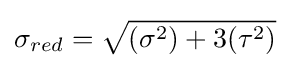
\sigma _{red}={\sqrt {({\sigma }^{2})+3({\tau }^{2})}}